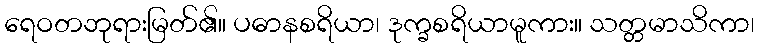
ရေဝတဘုရားမြတ်၏။ ပဓာနစရိယာ၊ ဒုက္ခစရိယာမူကား။ သတ္တမာသိကာ၊